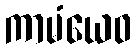
ကာမံယေဝ